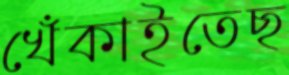
খেঁকাইতেছ